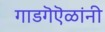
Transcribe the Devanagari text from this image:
गाडगॆऎळांनी